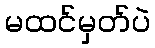
မထင်မှတ်ပဲ